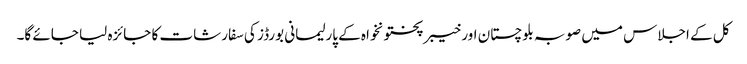
کل کے اجلاس میں صوبہ بلوچستان اور خیبرپختونخواہ کے پارلیمانی بورڈز کی سفارشات کا جائزہ لیا جائے گا۔